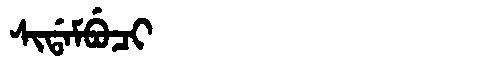
Manchu: ᠰᡳᡩᠠᠮᠪᡠᠴᡳ
Romanization: SIDAMBUCI